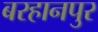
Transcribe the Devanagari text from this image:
बरहानपुर